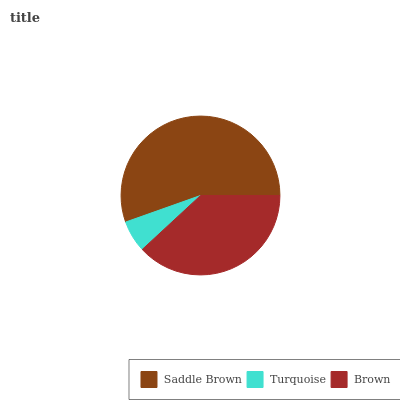
| Saddle Brown | Turquoise | Brown |
 | --- | --- | --- |
 | 55.4% | 6.47% | 38.1% |